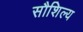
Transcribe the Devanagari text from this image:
सौशिल्य